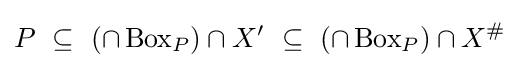
P~\subseteq ~\left(\cap \operatorname {Box} _{P}\right)\cap X^{\prime }~\subseteq ~\left(\cap \operatorname {Box} _{P}\right)\cap X^{\#}